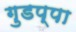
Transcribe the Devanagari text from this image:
गुडप्पा